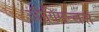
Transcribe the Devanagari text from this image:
ज़ीगिमन्तस